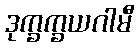
ဒုက္ခက္ခယဂါမီ